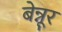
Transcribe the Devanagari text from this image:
बेन्नूर